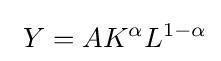
\ Y=AK^{\alpha }L^{1-\alpha }